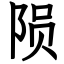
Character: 陨